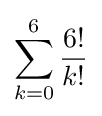
\sum _{k=0}^{6}{\frac {6!}{k!}}